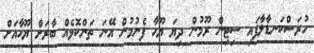
ހުރަސްކަނޑާލާފައި ސިޓިން ރޫމުން ދިޔަ ޔޫހާ ފެނުމުން އޭނަ ތަންކޮޅެއް ބާރަށް ޔޫހާއަށް